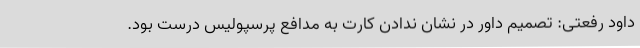
داود رفعتی: تصمیم داور در نشان ندادن کارت به مدافع پرسپولیس درست بود.